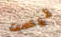
ليست